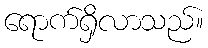
ရောက်ရှိလာသည်။